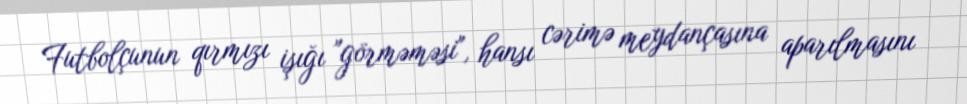
Futbolçunun qırmızı işığı "görməməsi", hansı cərimə meydançasına aparılmasını